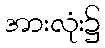
အားလုံး၌